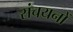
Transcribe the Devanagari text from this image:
संचयनों